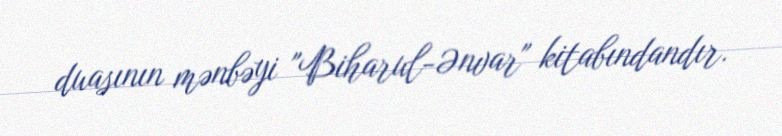
duasının mənbəyi "Biharul-Ənvar" kitabındandır.